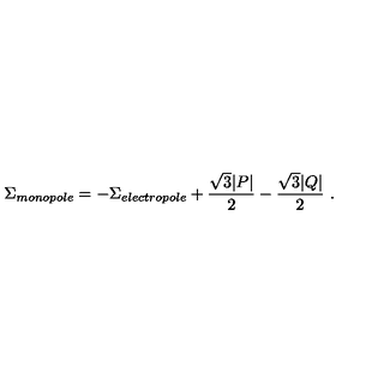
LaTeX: \Sigma _ { m o n o p o l e } = - \Sigma _ { e l e c t r o p o l e } + { \frac { \sqrt 3 | P | } { 2 } } - { \frac { \sqrt 3 | Q | } { 2 } } \ .